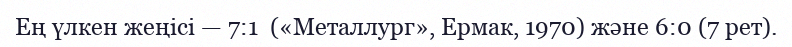
Ең үлкен жеңісі — 7:1  («Металлург», Ермак, 1970) және 6:0 (7 рет).